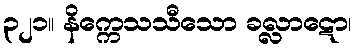
၃၂၁။ နိက္ကေသသီသော ခလ္လာဋော၊